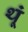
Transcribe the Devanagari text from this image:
थूं